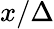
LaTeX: x/\Delta